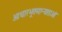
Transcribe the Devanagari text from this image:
आधारभूतमान्यताओं